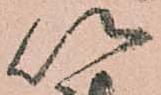
以